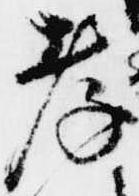
孝